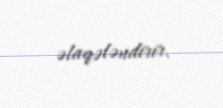
əlaqələndirir.